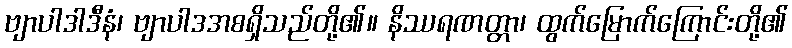
ဗျာပါဒါဒီနံ၊ ဗျာပါဒအစရှိသည်တို့၏။ နိဿရဏတ္တာ၊ ထွက်မြောက်ကြောင်းတို့၏